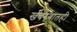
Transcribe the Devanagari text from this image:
खबरबातही